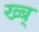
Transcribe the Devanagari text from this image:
ख्ब्